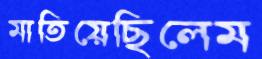
মাতিয়েছিলেম